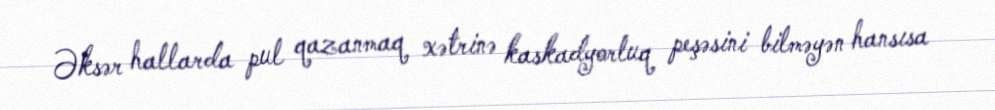
Əksər hallarda pul qazanmaq xətrinə kaskadyorluq peşəsini bilməyən hansısa